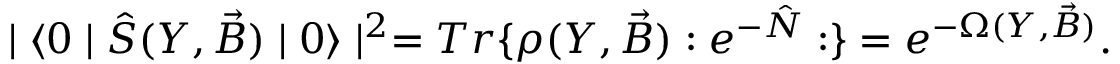
\mid \langle 0 \mid \hat { S } ( Y , \vec { B } ) \mid 0 \rangle \mid ^ { 2 } = T r \{ \rho ( Y , \vec { B } ) : e ^ { - \hat { N } } : \} = e ^ { - \Omega ( Y , \vec { B } ) } .